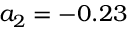
a _ { 2 } = - 0 . 2 3